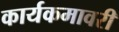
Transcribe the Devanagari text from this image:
कार्यकमावरी